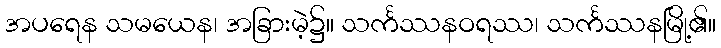
အပရေန သမယေန၊ အခြားမဲ့၌။ သင်္ကဿနဝရဿ၊ သင်္ကဿနမြို့၏။